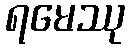
ရမေဿု